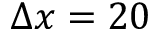
\Delta x = 2 0